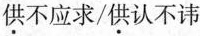
供不应求/供认不讳